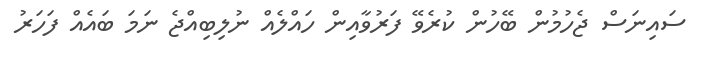
ސައިނަސް ޖެހުމުން ބޭހުން ކުރެވޭ ފަރުވާއިން ހައްލެއް ނުލިބިއްޖެ ނަމަ ބައެއް ފަހަރު